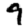
Digit: 9